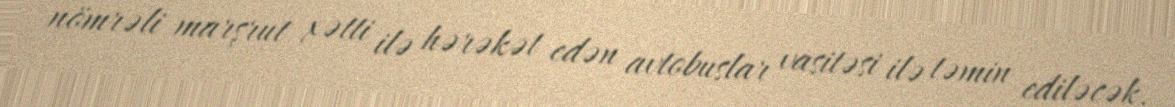
nömrəli marşrut xətti ilə hərəkət edən avtobuslar vasitəsi ilə təmin ediləcək.